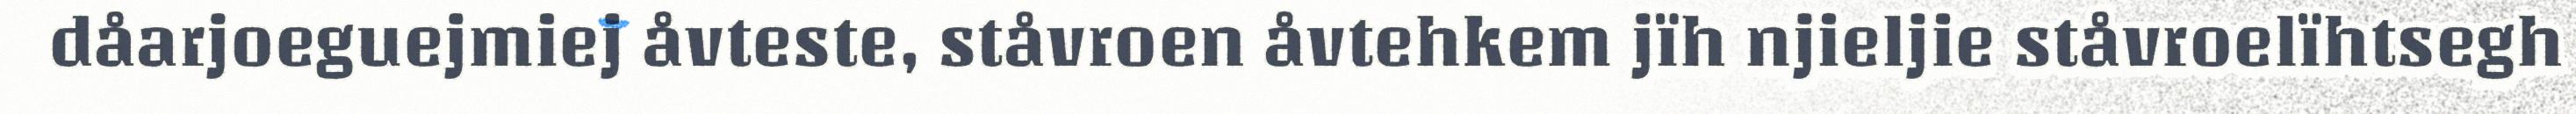
dåarjoeguejmiej åvteste, ståvroen åvtehkem jïh njieljie ståvroelïhtsegh